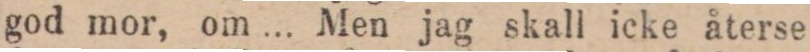
god mor, om ... Men jag skall icke återse